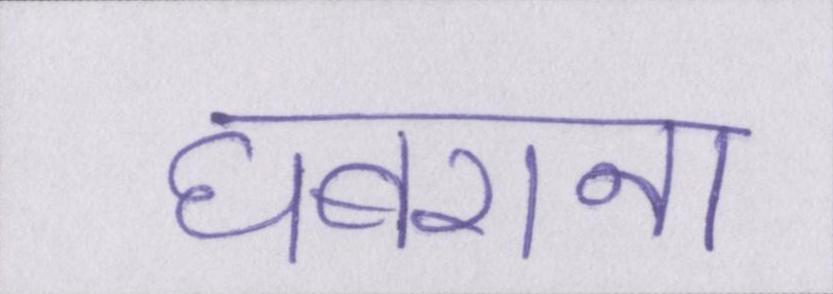
घबराना